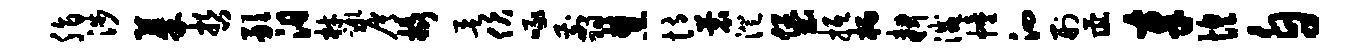
脂涉蓁哲敢汨材蹶屑橇欲伏啄翦慧恃蓑澄堡抵柄耕灭幢泗刑彘奉惶自